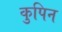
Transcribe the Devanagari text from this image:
कुपिन